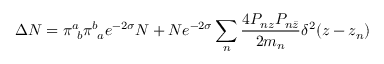
\Delta N = \pi _ { \ b } ^ { a } \pi _ { \ a } ^ { b } e ^ { - 2 \sigma } N + N e ^ { - 2 \sigma } \sum _ { n } \frac { 4 P _ { n z } P _ { n \bar { z } } } { 2 m _ { n } } \delta ^ { 2 } ( z - z _ { n } )